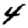
Digit: 4